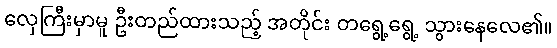
လှေကြီးမှာမူ ဦးတည်ထားသည့် အတိုင်း တရွေ့ရွေ့ သွားနေလေ၏။